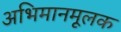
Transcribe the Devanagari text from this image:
अभिमानमूलक